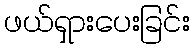
ဖယ်ရှားပေးခြင်း